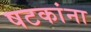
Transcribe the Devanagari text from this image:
षटकांना